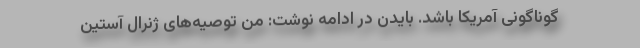
گوناگونی آمریکا باشد. بایدن در ادامه نوشت: من توصیه‌های ژنرال آستین